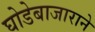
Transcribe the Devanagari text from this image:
घोडेबाजाराने